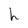
Character: h